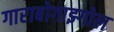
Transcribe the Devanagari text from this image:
गाराबोगाझ्गोल